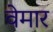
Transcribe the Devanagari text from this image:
वेमार